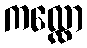
ကလ္လော